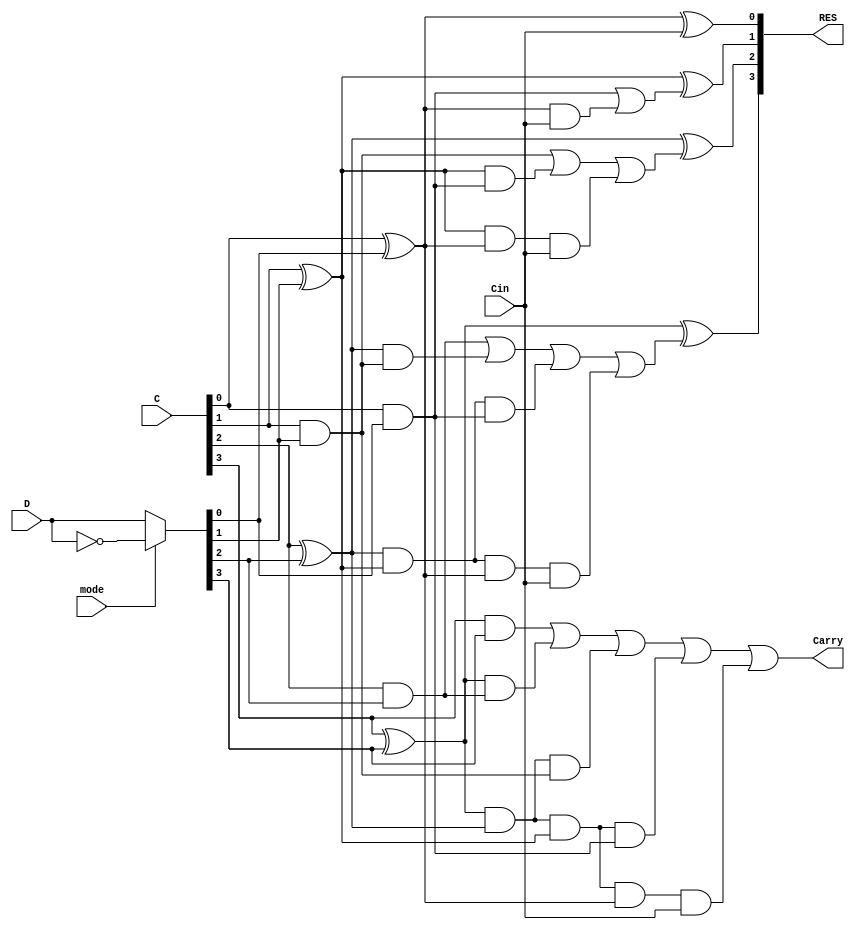
module CLA_4bit (
    input [3:0] C,
    input [3:0] D,
    input Cin,
    input mode, // 0 --> addition , 1 --> subtraction          
    output [3:0] RES,
    output Carry
);
    wire [3:0] G, P, D_inv;
    wire [4:1] C_out;

    // Select D or ~D based on the mode
    assign D_inv = (mode == 1'b0) ? D : ~D;

    // Generate (G) and Propagate (P) signals
    assign G[0] = C[0] & D_inv[0];
    assign G[1] = C[1] & D_inv[1];
    assign G[2] = C[2] & D_inv[2];
    assign G[3] = C[3] & D_inv[3];

    assign P[0] = C[0] ^ D_inv[0];
    assign P[1] = C[1] ^ D_inv[1];
    assign P[2] = C[2] ^ D_inv[2];
    assign P[3] = C[3] ^ D_inv[3];

    // Carry calculations for each bit
    assign C_out[1] = G[0] | (P[0] & Cin);
    assign C_out[2] = G[1] | (P[1] & G[0]) | (P[1] & P[0] & Cin);
    assign C_out[3] = G[2] | (P[2] & G[1]) | (P[2] & P[1] & G[0]) | (P[2] & P[1] & P[0] & Cin);
    assign C_out[4] = G[3] | (P[3] & G[2]) | (P[3] & P[2] & G[1]) | (P[3] & P[2] & P[1] & G[0]) | (P[3] & P[2] & P[1] & P[0] & Cin);

    // Result calculation for each bit
    assign RES[0] = C[0] ^ D_inv[0] ^ Cin;
    assign RES[1] = C[1] ^ D_inv[1] ^ C_out[1];
    assign RES[2] = C[2] ^ D_inv[2] ^ C_out[2];
    assign RES[3] = C[3] ^ D_inv[3] ^ C_out[3];

    assign Carry = C_out[4];

endmodule